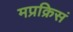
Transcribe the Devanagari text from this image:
मप्रक्रिसं